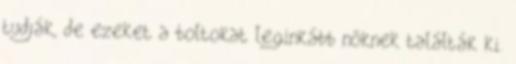
tudják, de ezeket a boltokat leginkább nőknek találták ki.